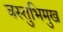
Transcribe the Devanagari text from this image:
वस्तुभिमुख